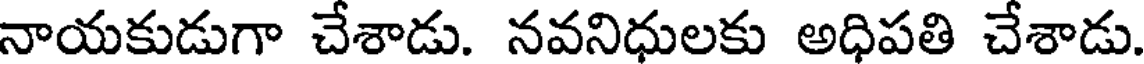
నాయకుడుగా చేశాడు. నవనిధులకు అధిపతి చేశాడు.